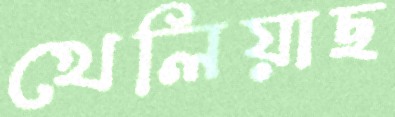
খেলিয়াছ